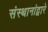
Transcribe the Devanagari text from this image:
संस्थानांद्वारे